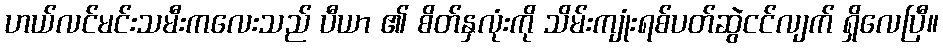
ဟယ်လင်မင်းသမီးကလေးသည် ပီယာ ၏ စိတ်နှလုံးကို သိမ်းကျုံးရစ်ပတ်ဆွဲငင်လျက် ရှိလေပြီ။